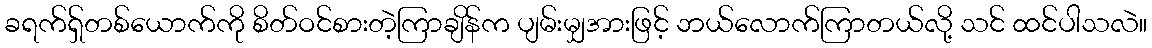
ခရက်ရှ်တစ်ယောက်ကို စိတ်ဝင်စားတဲ့ကြာချိန်က ပျမ်းမျှအားဖြင့် ဘယ်လောက်ကြာတယ်လို့ သင် ထင်ပါသလဲ။